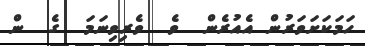
ހަމަކަށަވަރުން އެއުރެން  ވެ  ވެރިވިނަމަ  ގެ  ން